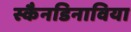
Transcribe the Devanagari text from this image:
स्कैनडिनाविया